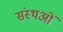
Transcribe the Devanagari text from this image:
संस्थओं